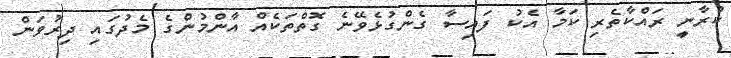
ކުރާނީ ރައްކާތެރި ކަމާ އެކު ފައިސާ ގެންގުޅެވޭނެ ގޮތްތަކެއް އާންމުންގެ މެދުގައި ދިރުވަން